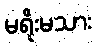
မရိုးမသား